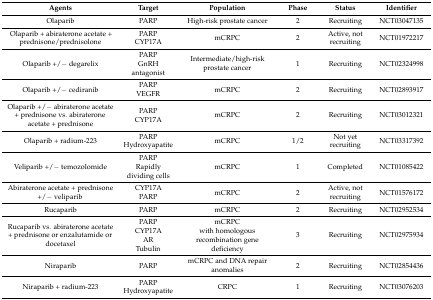
| Agents | Target | Population | Phase | Status | Identifier |
 | --- | --- | --- | --- | --- | --- |
 | Olaparib | PARP | High-risk prostate cancer | 2 | Recruiting | NCT03047135 |
 | Olaparib + abiraterone acetate + prednisone/prednisolone | PARPCYP17A | mCRPC | 2 | Active, not recruiting | NCT01972217 |
 | Olaparib +/− degarelix | PARPGnRH antagonist | Intermediate/high-risk prostate cancer | 1 | Recruiting | NCT02324998 |
 | Olaparib +/− cediranib | PARPVEGFR | mCRPC | 2 | Recruiting | NCT02893917 |
 | Olaparib +/− abiraterone acetate + prednisone vs. abiraterone acetate + prednisone | PARPCYP17A | mCRPC | 2 | Recruiting | NCT03012321 |
 | Olaparib + radium-223 | PARPHydroxyapatite | mCRPC | 1/2 | Not yet recruiting | NCT03317392 |
 | Veliparib +/− temozolomide | PARPRapidly dividing cells | mCRPC | 1 | Completed | NCT01085422 |
 | Abiraterone acetate + prednisone +/− veliparib | CYP17APARP | mCRPC | 2 | Active, not recruiting | NCT01576172 |
 | Rucaparib | PARP | mCRPC | 2 | Recruiting | NCT02952534 |
 | Rucaparib vs. abiraterone acetate + prednisone or enzalutamide or docetaxel | PARPCYP17AARTubulin | mCRPCwith homologous recombination gene deficiency | 3 | Recruiting | NCT02975934 |
 | Niraparib | PARP | mCRPC and DNA repair anomalies | 2 | Recruiting | NCT02854436 |
 | Niraparib + radium-223 | PARPHydroxyapatite | CRPC | 1 | Recruiting | NCT03076203 |